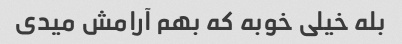
بله خیلی خوبه که بهم آرامش میدی